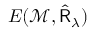
E ( \mathcal { M } , \hat { \sf R } _ { \lambda } )